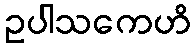
ဥပါသကေဟိ